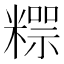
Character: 𥼐